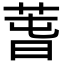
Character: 萅